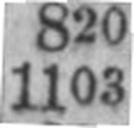
1103